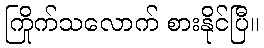
ကြိုက်သလောက် စားနိုင်ပြီ။